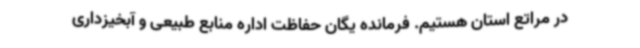
در مراتع استان هستیم. فرمانده یگان حفاظت اداره منابع طبیعی و آبخیزداری